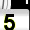
Digit: 5